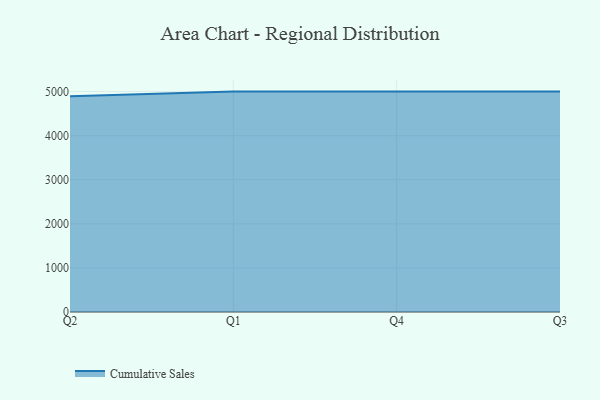
{"axis": {"x": "Quarter", "y": "Bounce Rate (%)"}, "legend": ["Cumulative Sales"], "data": [{"x": "Q2", "y": 4893.2, "type": "Cumulative Sales"}, {"x": "Q1", "y": 5000, "type": "Cumulative Sales"}, {"x": "Q4", "y": 5000, "type": "Cumulative Sales"}, {"x": "Q3", "y": 5000, "type": "Cumulative Sales"}]}